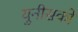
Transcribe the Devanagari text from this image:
युनीसको